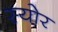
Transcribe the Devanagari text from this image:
स्योर